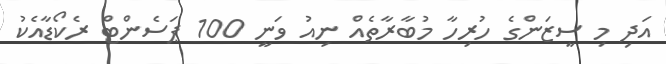
އަދި މި ސީޒަންގެ ހުރިހާ މުބާރާތެއް ނިއު ވަނީ 100 ޕަސެންޓް ރެކޯޑާއެކު